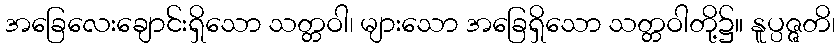
အခြေလေးချောင်းရှိသော သတ္တဝါ၊ များသော အခြေရှိသော သတ္တဝါတို့၌။ နူပ္ပဇ္ဇတိ၊